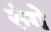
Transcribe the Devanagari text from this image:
रुंगे